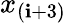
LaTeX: x_{(\mathbf{i}+3)}